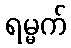
ရမ္မက်